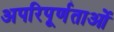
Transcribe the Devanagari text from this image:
अपरिपूर्णताओं